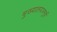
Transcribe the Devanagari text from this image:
मुख्यालयजमुई